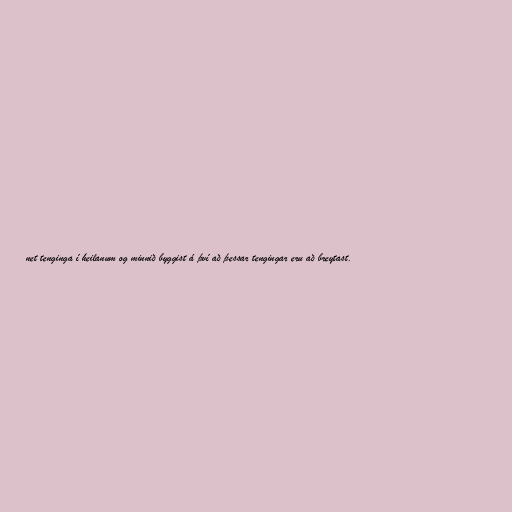
net tenginga í heilanum og minnið byggist á því að þessar tengingar eru að breytast.